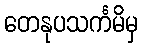
တေနုပသင်္ကမိမှ